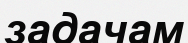
задачам